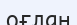
оғлан